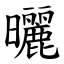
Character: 曬